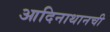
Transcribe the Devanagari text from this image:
आदिनाथानची